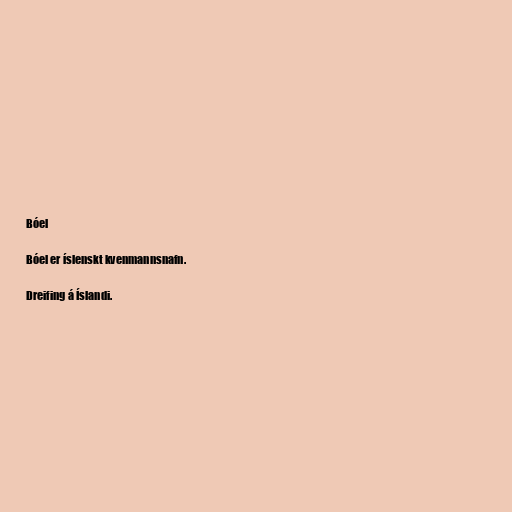
Bóel

Bóel er íslenskt kvenmannsnafn.

Dreifing á Íslandi.